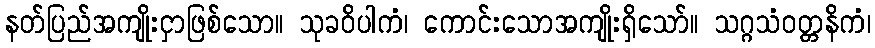
နတ်ပြည်အကျိုးငှာဖြစ်သော။ သုခဝိပါကံ၊ ကောင်းသောအကျိုးရှိသော်။ သဂ္ဂသံဝတ္တနိကံ၊